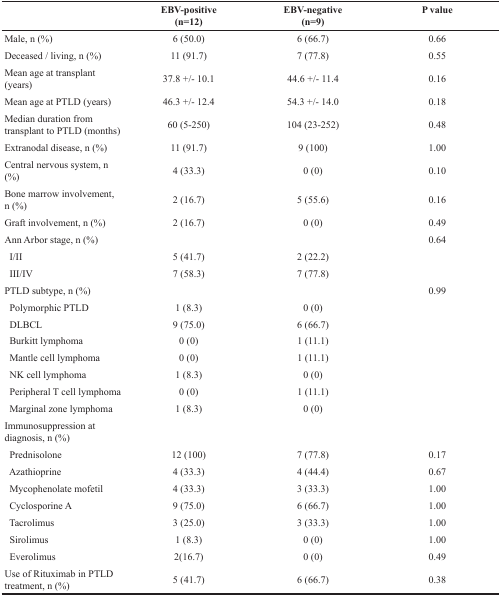
<table><thead><tr><td></td><td><b>EBV-positive(n=12)</b></td><td><b>EBV-negative(n=9)</b></td><td><b>P value</b></td></tr></thead><tbody><tr><td>Male, n (%)</td><td>6 (50.0)</td><td>6 (66.7)</td><td>0.66</td></tr><tr><td>Deceased / living, n (%)</td><td>11 (91.7)</td><td>7 (77.8)</td><td>0.55</td></tr><tr><td>Mean age at transplant (years)</td><td>37.8 +/- 10.1</td><td>44.6 +/- 11.4</td><td>0.16</td></tr><tr><td>Mean age at PTLD (years)</td><td>46.3 +/- 12.4</td><td>54.3 +/- 14.0</td><td>0.18</td></tr><tr><td>Median duration from transplant to PTLD (months)</td><td>60 (5-250)</td><td>104 (23-252)</td><td>0.48</td></tr><tr><td>Extranodal disease, n (%)</td><td>11 (91.7)</td><td>9 (100)</td><td>1.00</td></tr><tr><td>Central nervous system, n (%)</td><td>4 (33.3)</td><td>0 (0)</td><td>0.10</td></tr><tr><td>Bone marrow involvement, n (%)</td><td>2 (16.7)</td><td>5 (55.6)</td><td>0.16</td></tr><tr><td>Graft involvement, n (%)</td><td>2 (16.7)</td><td>0 (0)</td><td>0.49</td></tr><tr><td>Ann Arbor stage, n (%)</td><td></td><td></td><td>0.64</td></tr><tr><td> I/II</td><td>5 (41.7)</td><td>2 (22.2)</td><td></td></tr><tr><td> III/IV</td><td>7 (58.3)</td><td>7 (77.8)</td><td></td></tr><tr><td>PTLD subtype, n (%)</td><td></td><td></td><td>0.99</td></tr><tr><td> Polymorphic PTLD</td><td>1 (8.3)</td><td>0 (0)</td><td></td></tr><tr><td> DLBCL</td><td>9 (75.0)</td><td>6 (66.7)</td><td></td></tr><tr><td> Burkitt lymphoma</td><td>0 (0)</td><td>1 (11.1)</td><td></td></tr><tr><td> Mantle cell lymphoma</td><td>0 (0)</td><td>1 (11.1)</td><td></td></tr><tr><td> NK cell lymphoma</td><td>1 (8.3)</td><td>0 (0)</td><td></td></tr><tr><td> Peripheral T cell lymphoma</td><td>0 (0)</td><td>1 (11.1)</td><td></td></tr><tr><td> Marginal zone lymphoma</td><td>1 (8.3)</td><td>0 (0)</td><td></td></tr><tr><td>Immunosuppression at diagnosis, n (%)</td><td></td><td></td><td></td></tr><tr><td> Prednisolone</td><td>12 (100)</td><td>7 (77.8)</td><td>0.17</td></tr><tr><td> Azathioprine</td><td>4 (33.3)</td><td>4 (44.4)</td><td>0.67</td></tr><tr><td> Mycophenolate mofetil</td><td>4 (33.3)</td><td>3 (33.3)</td><td>1.00</td></tr><tr><td> Cyclosporine A</td><td>9 (75.0)</td><td>6 (66.7)</td><td>1.00</td></tr><tr><td> Tacrolimus</td><td>3 (25.0)</td><td>3 (33.3)</td><td>1.00</td></tr><tr><td> Sirolimus</td><td>1 (8.3)</td><td>0 (0)</td><td>1.00</td></tr><tr><td> Everolimus</td><td>2(16.7)</td><td>0 (0)</td><td>0.49</td></tr><tr><td>Use of Rituximab in PTLD treatment, n (%)</td><td>5 (41.7)</td><td>6 (66.7)</td><td>0.38</td></tr></tbody></table>